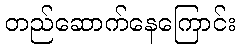
တည်ဆောက်နေကြောင်း